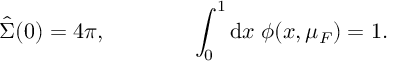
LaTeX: \hat { \Sigma } ( 0 ) = 4 \pi , \qquad \qquad \int _ { 0 } ^ { 1 } \mathrm { d } x \; \phi ( x , \mu _ { F } ) = 1 .